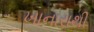
ખાનારાથી